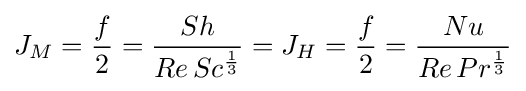
J_{M}={\frac {f}{2}}={\frac {Sh}{Re\,Sc^{\frac {1}{3}}}}=J_{H}={\frac {f}{2}}={\frac {Nu}{Re\,Pr^{\frac {1}{3}}}}